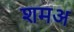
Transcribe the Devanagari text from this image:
शमअ